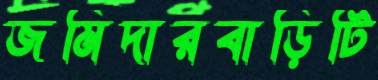
জমিদারবাড়িটি